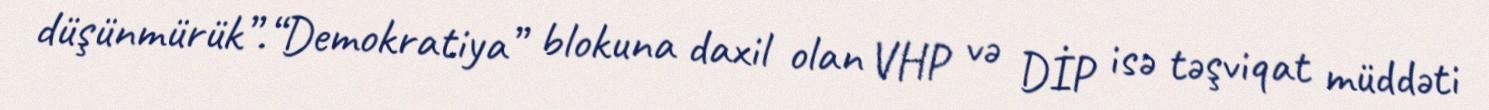
düşünmürük”.“Demokratiya” blokuna daxil olan VHP və DİP isə təşviqat müddəti